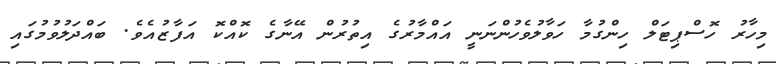
މިހާރު ހޮސްޕިޓަލް ހިންގުމާ ހަވާލުވެހުންނަނީ އައްމާރުގެ އިތުރުން އޭނާގެ ކޮއްކޮ އަފާޒުއެވެ. ބައްދަލުވުމުގައި